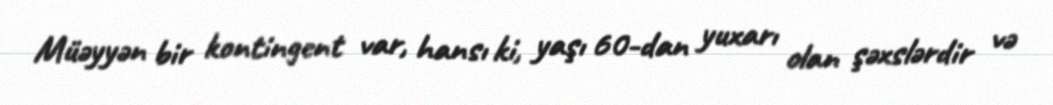
Müəyyən bir kontingent var, hansı ki, yaşı 60-dan yuxarı olan şəxslərdir və